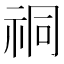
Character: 𫀈